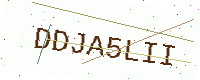
Text: DDJA5LII